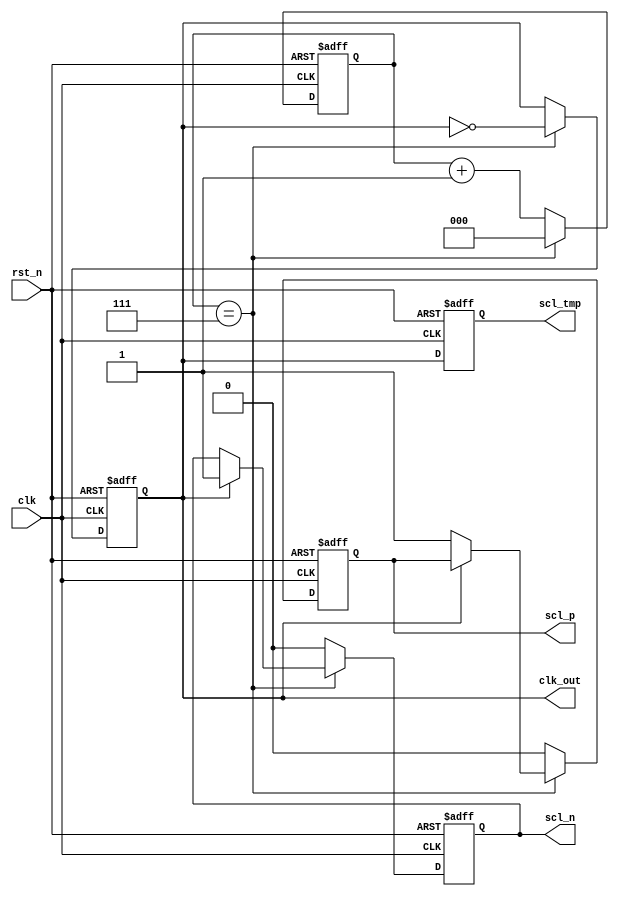
module I2C_div_clk
# (
    parameter heso = 8 ,
    parameter size = 3 
)
(
    input clk , 
    input rst_n , 
    output reg clk_out,
    output reg scl_tmp,
    output reg scl_p,
    output reg scl_n 
); 
reg [size -1'b1 : 0] Q ;
always @(posedge clk or negedge rst_n) 
begin
    if (~rst_n)                                                        
    begin 
        Q<=0;
        clk_out <= 0 ;
        scl_n <= 0 ;
        scl_p <= 0 ;
    end
    else if (Q == heso -1'b1) 
    begin 
        Q<=0 ;
        clk_out <= !clk_out ; 
        if (clk_out) scl_n <= 1 ;
        else scl_p <= 1 ;
    end
    else 
    begin 
        Q <= Q + 1'b1 ; 
        scl_p <= 0 ; 
        scl_n <= 0 ; 
    end
end 


always @(posedge clk or negedge rst_n) begin : proc_scl_tmp
    if(~rst_n) begin
        scl_tmp <= 0;
    end else begin
        scl_tmp <= clk_out;
    end
end
endmodule